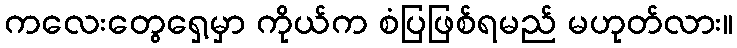
ကလေးတွေရှေ့မှာ ကိုယ်က စံပြဖြစ်ရမည် မဟုတ်လား။